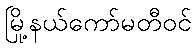
မြို့နယ်ကော်မတီဝင်